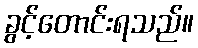
ခွင့်တောင်းရသည်။